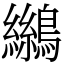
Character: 𪆓